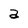
Character: a